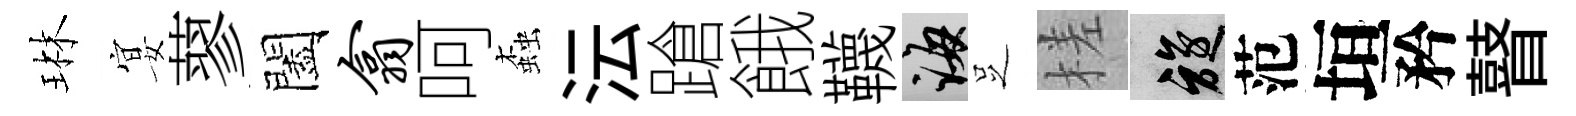
琳宴蓼闔翕呵螙沄蹌餓韈誨𠯁槎旋范垣矜瞽